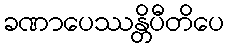
ခဏာပေဿန္တိပီတိပေ